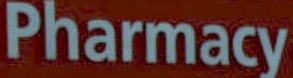
Pharmacy